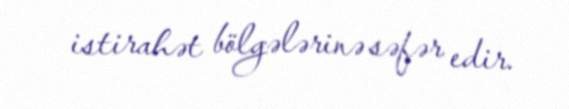
istirahət bölgələrinə səfər edir.